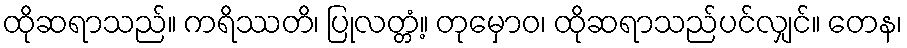
ထိုဆရာသည်။ ကရိဿတိ၊ ပြုလတ္တံ့။ တုမှောဝ၊ ထိုဆရာသည်ပင်လျှင်။ တေန၊